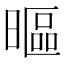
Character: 𣉾